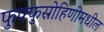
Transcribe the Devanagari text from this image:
फुफ्फुस्रोहिणीमधील